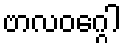
ဗာလဝဂ္ဂေါ